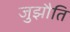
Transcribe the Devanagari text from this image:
जुझौति